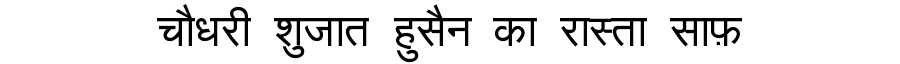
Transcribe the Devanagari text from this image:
चौधरी शुजात हुसैन का रास्ता साफ़